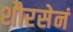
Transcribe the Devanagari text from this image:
शौरसेनं